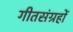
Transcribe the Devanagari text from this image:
गीतसंग्रहों